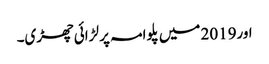
اور2019 میں پلوامہ پر لڑائی چھڑی۔